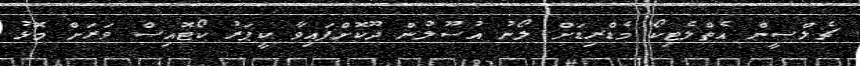
ޗެލްސީން އެތްލެޓިކޯ މެޑްރިޑަށް ލޯނު އުސޫލުން ދޫކޮށްފައިވާ ކީޕަރު ކޯޓޮއިސް ވަރަށް މޮޅު